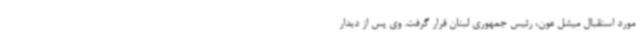
مورد استقبال میشل عون، رئیس جمهوری لبنان قرار گرفت. وی پس از دیدار